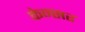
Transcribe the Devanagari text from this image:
केन्सर